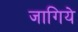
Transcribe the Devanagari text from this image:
जागिये